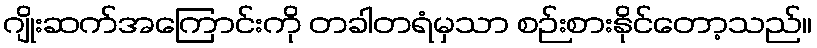
ဂျိုးဆက်အကြောင်းကို တခါတရံမှသာ စဉ်းစားနိုင်တော့သည်။